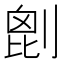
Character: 𠞇